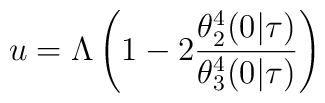
u = \Lambda\left(1 - 2\frac{\theta_2^4(0|\tau)}{\theta_3^4(0|\tau)} \right)